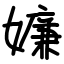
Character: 嬚